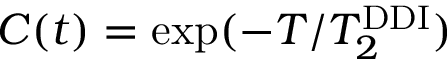
C ( t ) = \exp ( - T / T _ { 2 } ^ { \mathrm { { D D I } } } )